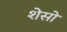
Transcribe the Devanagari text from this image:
शेसो